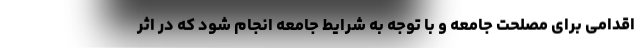
اقدامی برای مصلحت جامعه و با توجه به شرایط جامعه انجام شود که در اثر